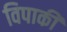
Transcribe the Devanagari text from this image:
विपाकी